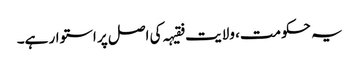
یہ حکومت، ولایت فقیہہ کی اصل پر استوار ہے۔